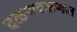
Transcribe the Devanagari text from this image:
दळणवळणात